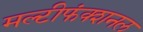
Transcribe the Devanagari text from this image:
मल्टीफंक्शनल